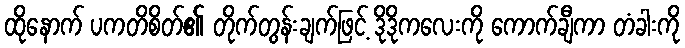
ထိုနောက် ပကတိစိတ်၏ တိုက်တွန်းချက်ဖြင့် ဒိုဒိုကလေးကို ကောက်ချီကာ တံခါးကို